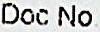
DOC NO.